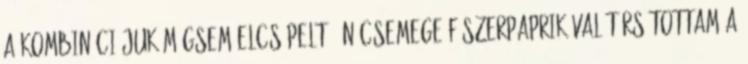
a kombinációjuk mégsem elcsépelt. Én csemege fűszerpaprikával társítottam a